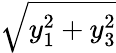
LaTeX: \sqrt{y_{1}^{2}+y_{3}^{2}}